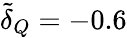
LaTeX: \tilde{\delta}_{Q}=-0.6